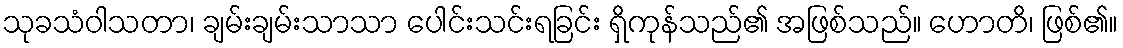
သုခသံဝါသတာ၊ ချမ်းချမ်းသာသာ ပေါင်းသင်းရခြင်း ရှိကုန်သည်၏ အဖြစ်သည်။ ဟောတိ၊ ဖြစ်၏။